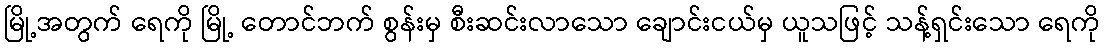
မြို့အတွက် ရေကို မြို့ တောင်ဘက် စွန်းမှ စီးဆင်းလာသော ချောင်းငယ်မှ ယူသဖြင့် သန့်ရှင်းသော ရေကို